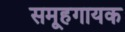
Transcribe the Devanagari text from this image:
समूहगायक